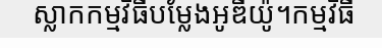
ស្លាកកម្មវិធីបម្លែងអូឌីយ៉ូ។កម្មវិធី